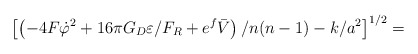
\begin{align*}\left[ \left( -4F\dot \varphi ^2+16\pi G_D\varepsilon /F_R+e^f\bar V\right)/n(n-1)-k/a^2\right] ^{1/2}=\end{align*}